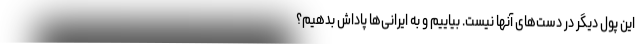
این پول دیگر در دست‌های آنها نیست. بیاییم و به ایرانی‌ها پاداش بدهیم؟